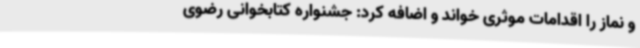
و نماز را اقدامات موثری خواند و اضافه کرد: جشنواره کتابخوانی رضوی